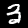
Digit: 3